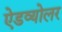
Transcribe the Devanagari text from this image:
ऐडव्योलर